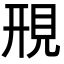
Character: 䙹